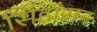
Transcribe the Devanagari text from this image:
सिंहांसन